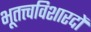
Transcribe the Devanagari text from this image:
भूतत्त्वविशारदों